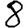
Digit: 8